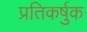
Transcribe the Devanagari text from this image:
प्रतिकर्षुक